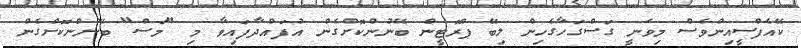
ކޭއެފްސީއިންވެސް މިވަނީ ގަސްގަހާގެހިން ލިބޭ ޕްރޮޓީން ބޭނުންކޮށްގެން އުފައްދާފައިވާ މި "މަސް" ބޭނުންކޮށްގެން